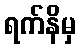
ရက်နိမှ